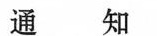
通 知